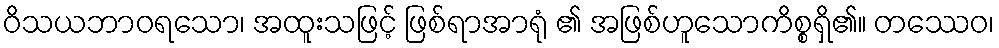
ဝိသယဘာဝရသော၊ အထူးသဖြင့် ဖြစ်ရာအာရုံ ၏ အဖြစ်ဟူသောကိစ္စရှိ၏။ တဿေဝ၊